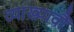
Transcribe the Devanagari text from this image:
व्याख्यावौं